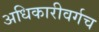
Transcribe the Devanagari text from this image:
अधिकारीवर्गच